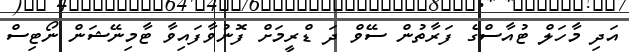
އަދި މާހަލް ޓުއާސްގެ ފަރާތުން ސޭވް ދަ ޑްރީމަށް ފޮނުވާފައިވާ ޓާމިނޭޝަން ނޯޓިސް